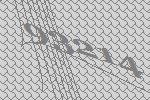
93214